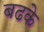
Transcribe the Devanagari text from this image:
बढके